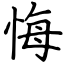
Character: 悔